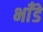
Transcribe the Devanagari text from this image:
भाँडे